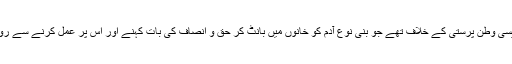
ہاں وہ ایسی وطن پرستی کے خلاف تھے جو بنی نوع آدم کو خانوں میں بانٹ کر حق و انصاف کی بات کہنے اور اس پر عمل کرنے سے روک دے۔